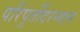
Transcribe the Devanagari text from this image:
परिपूर्तीदरम्यान